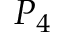
P _ { 4 }